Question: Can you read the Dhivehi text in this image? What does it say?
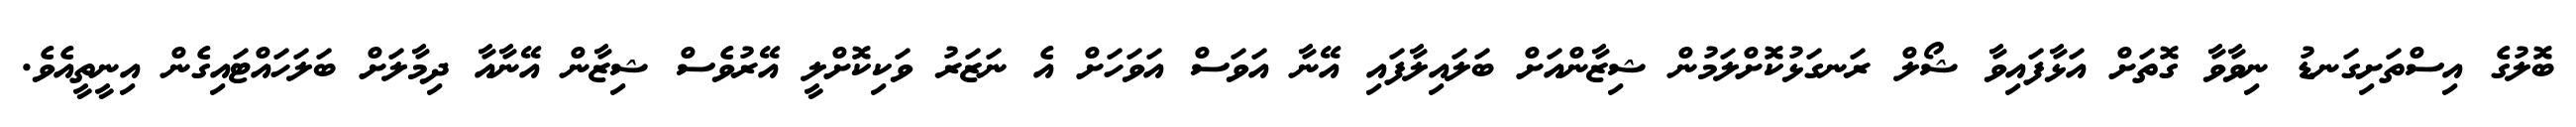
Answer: ބޮލުގެ އިސްތަށިގަނޑު ނިވާވާ ގޮތަށް އަޅާފައިވާ ޝޯލް ރަނގަޅުކޮށްލަމުން ޝިޒާންއަށް ބަލައިލާފައި އޭނާ އަވަސް އަވަހަށް އެ ނަޒަރު ވަކިކޮށްލީ އޭރުވެސް ޝިޒާން އޭނާއާ ދިމާލަށް ބަލަހައްޓައިގެން އިނީތީއެވެ.